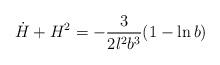
LaTeX: \begin{align*}\dot{H}+H^2 =-\frac{3}{2l^2b^3} (1-\ln b)\end{align*}